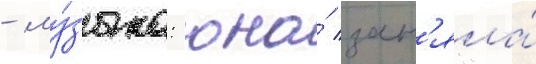
- му́зыка: она́ зан'яла́